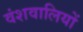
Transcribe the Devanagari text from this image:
वंशवालियों